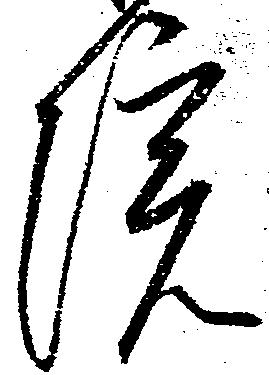
院